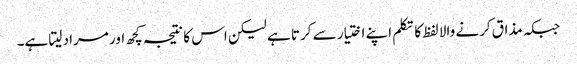
جبکہ مذاق کرنے والا لفظ کا تکلم اپنے اختیار سے کرتا ہے لیکن اس کا نتیجہ کچھ اور مراد لیتا ہے۔